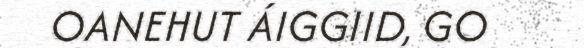
OANEHUT ÁIGGIID, GO